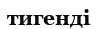
тигенді